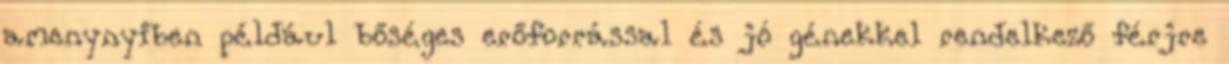
amenynyiben például bőséges erőforrással és jó génekkel rendelkező férjre